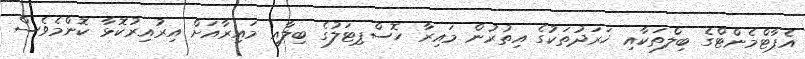
އެޕާޓްމެންޓްގެ ބިލްތަކާއި ޚަރަދުތަކުގެ އިތުރުން މައިރާ ހޮސްޕިޓަލުގެ ބިލާއި މައިރާއަށް އިރުއިރުކޮޅާ ކޮންމެވެސް